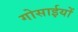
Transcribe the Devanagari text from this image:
गोसाईयों